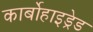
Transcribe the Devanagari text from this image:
कार्बोहाइड्रेड